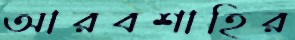
আরবশাহির